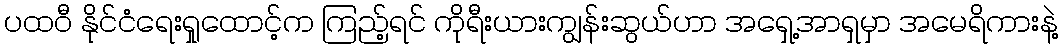
ပထဝီ နိုင်ငံရေးရှုထောင့်က ကြည့်ရင် ကိုရီးယားကျွန်းဆွယ်ဟာ အရှေ့အာရှမှာ အမေရိကားနဲ့